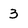
Character: 3